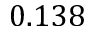
0 . 1 3 8